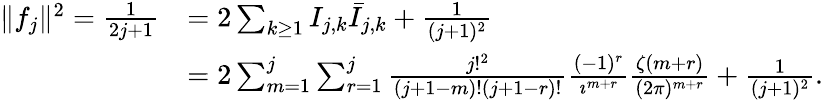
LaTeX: {\begin{array}{rl}{\| f_{j}\| ^{2}={\frac{1}{2j+1}}}&{=2\sum_{k\geq 1}I_{j,k}{\bar{I}}_{j,k}+{\frac{1}{(j+1)^{2}}}}\\ &{=2\sum_{m=1}^{j}\sum_{r=1}^{j}{\frac{j!^{2}}{(j+1-m)!(j+1-r)!}}{\frac{(-1)^{r}}{\imath^{m+r}}}{\frac{\zeta(m+r)}{(2\pi)^{m+r}}}+{\frac{1}{(j+1)^{2}}}.}\end{array}}